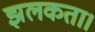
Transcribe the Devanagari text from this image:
झलकता।